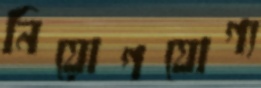
নিয়োগযোগ্য